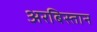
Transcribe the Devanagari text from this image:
अरबिस्तान